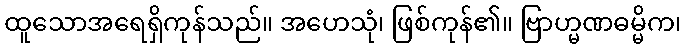
ထူသောအရေရှိကုန်သည်။ အဟေသုံ၊ ဖြစ်ကုန်၏။ ဗြာဟ္မဏဓမ္မိက၊